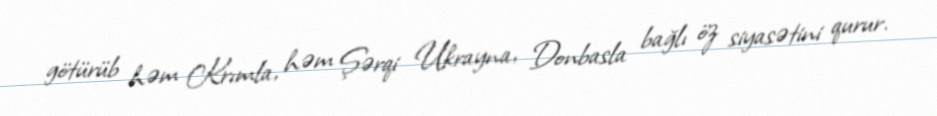
götürüb həm Krımla, həm Şərqi Ukrayna, Donbasla bağlı öz siyasətini qurur.